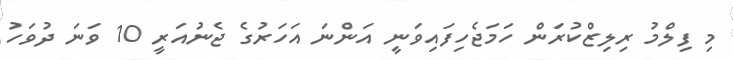
މި ފިލްމު ރިލިޒްކުރަން ހަމަޖެހިފައިވަނީ އަންނަ އަހަރުގެ ޖެނުއަރީ 10 ވަނަ ދުވަހު